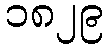
၁၈၂၉